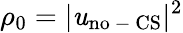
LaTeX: \rho_{0}=|\mathit{u}_{\mathrm{{{no\mathrm{{~-~}}CS}}}}|^{2}